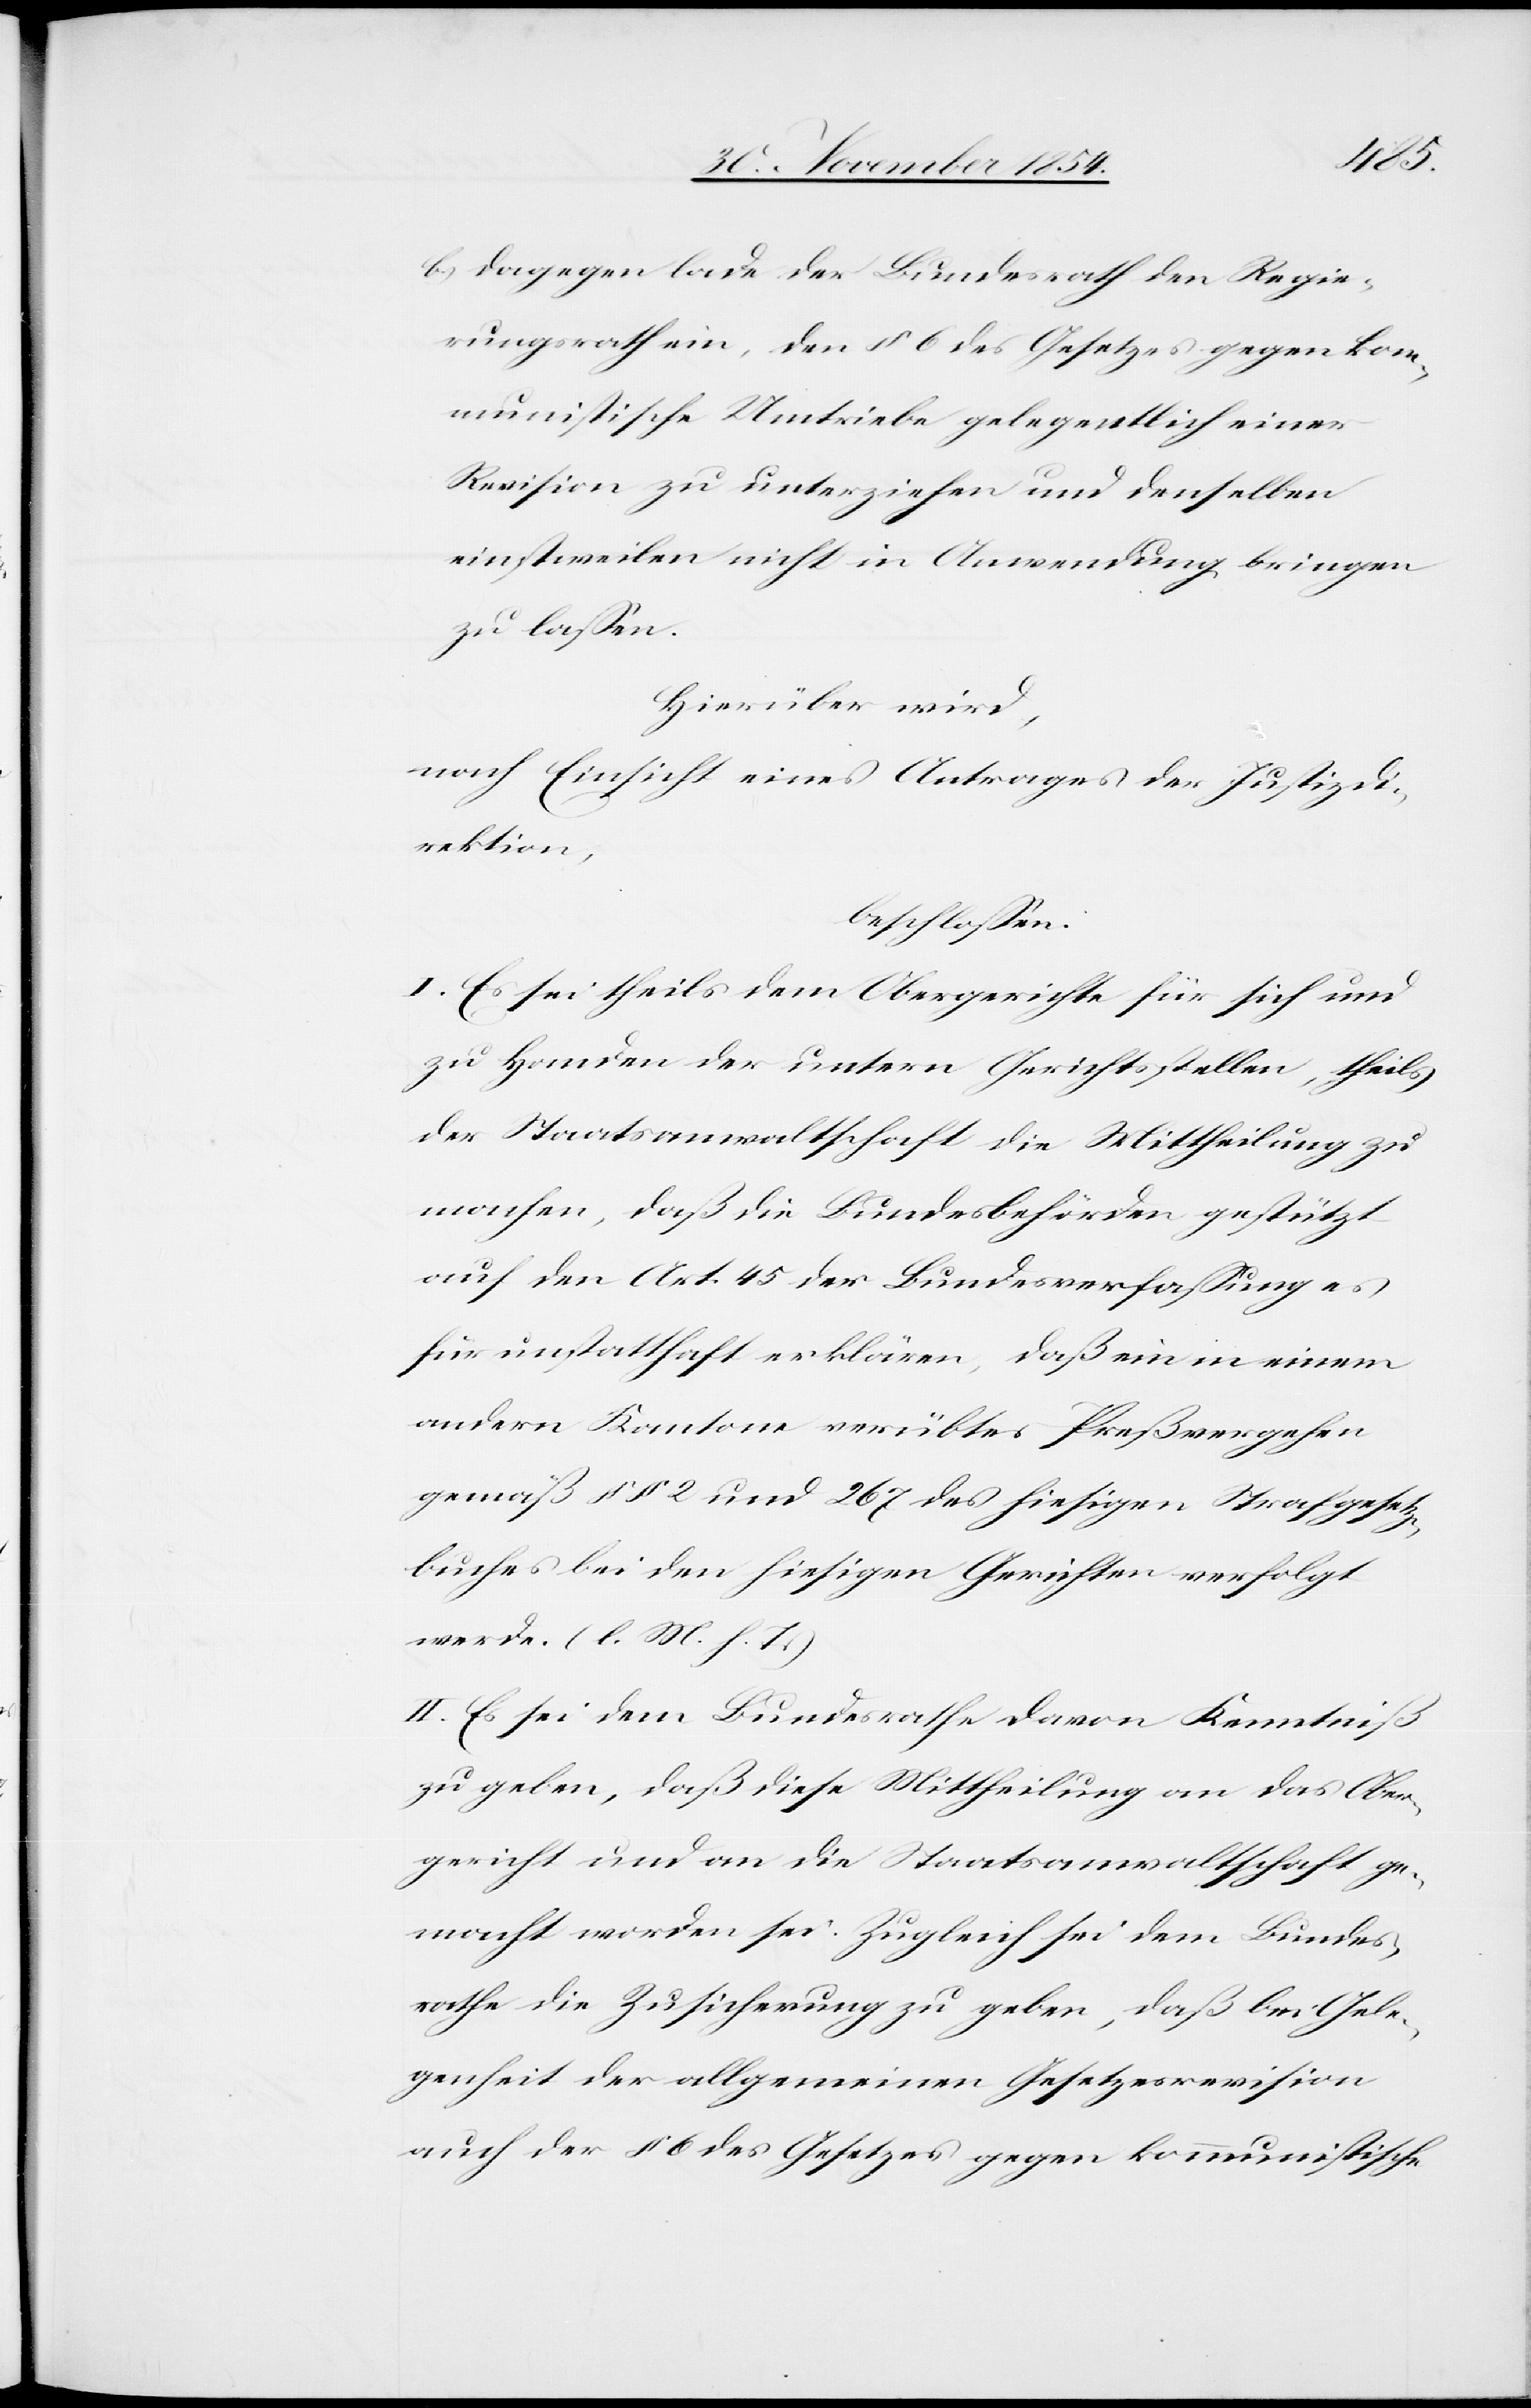
b.) dagegen lade der Bundesrath den Regie¬
rungsrath ein, den § 6 des Gesetzes gegen kom¬
munistische Umtriebe gelegentlich einer
Revision zu unterziehen und denselben
einstweilen nicht in Anwendung bringen
zu laßen.
Hierüber wird,
nach Einsicht eines Antrages der Justizdi¬
rektion,
beschloßen:
I. Es sei theils dem Obergerichte für sich und
zu Handen der untern Gerichtsstellen, theils
der Staatsanwaltschaft die Mittheilung zu
machen, daß die Bundesbehörden gestützt
auf den Art. 45 der Bundesverfaßung es
für unstatthaft erklären, daß ein in einem
andern Kantone verübtes Preßvergehen
gemäß §§ 2 und 267 des hiesigen Strafgesetz¬
es bei den hiesigen Gerichten verfolgt
werde. (l. M. h. T.)
II. Es sei dem Bundesrathe davon Kenntniß
zu geben, daß diese Mittheilung an das Ober¬
gericht und an die Staatsanwaltschaft ge¬
macht worden sei. Zugleich sei dem Bundes¬
rathe die Zusicherung zu geben, daß bei Gele¬
genheit der allgemeinen Gesetzesrevision
auch der § 6 des Gesetzes gegen kommunistische